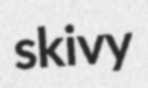
skivy